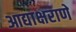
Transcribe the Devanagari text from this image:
आद्याक्षराणे